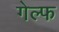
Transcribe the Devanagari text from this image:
गेल्फ